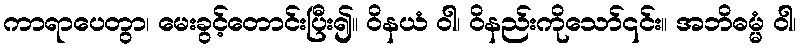
ကာရာပေတွာ၊ မေးခွင့်တောင်းပြီး၍။ ဝိနယံ ဝါ၊ ဝိနည်းကိုသော်၎င်း။ အဘိဓမ္မံ ဝါ၊